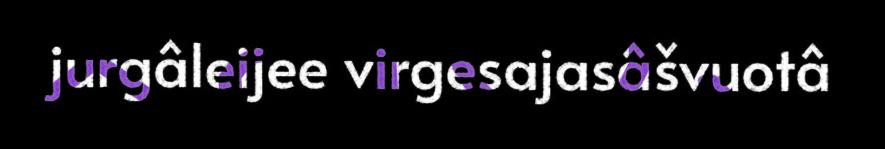
jurgâleijee virgesajasâšvuotâ